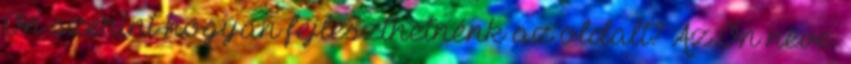
Ön szerint hogyan fejleszthetnénk az oldalt? Az Ön neve: